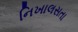
નિખાલસતા